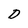
Character: D